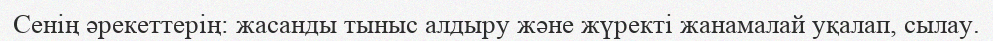
Сенің әрекеттерің: жасанды тыныс алдыру және жүректі жанамалай уқалап, сылау.